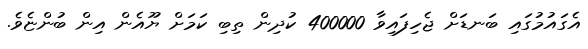
އެގައުމުގައި ބަނޑަށް ޖެހިފައިވާ 400000 ކުދިން ތިބި ކަމަށް ޔޫއެން އިން ބުންޏެވެ.